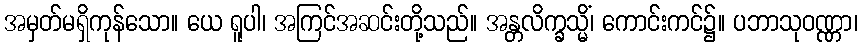
အမှတ်မရှိကုန်သော။ ယေ ရူပါ၊ အကြင်အဆင်းတို့သည်။ အန္တလိက္ခသ္မိံ၊ ကောင်းကင်၌။ ပဘာသုဝဏ္ဏာ၊